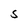
Character: 5